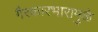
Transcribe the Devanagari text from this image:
गैरकारभारामुळे